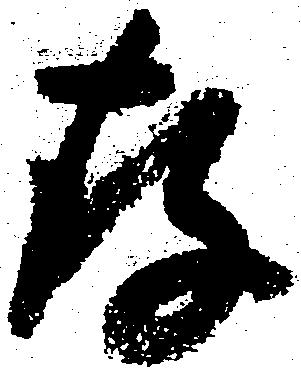
存